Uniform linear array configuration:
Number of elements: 16
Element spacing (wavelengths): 0.5
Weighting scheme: cosine
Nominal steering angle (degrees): -60
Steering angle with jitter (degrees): -59.38
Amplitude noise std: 0.05
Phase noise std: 0.05

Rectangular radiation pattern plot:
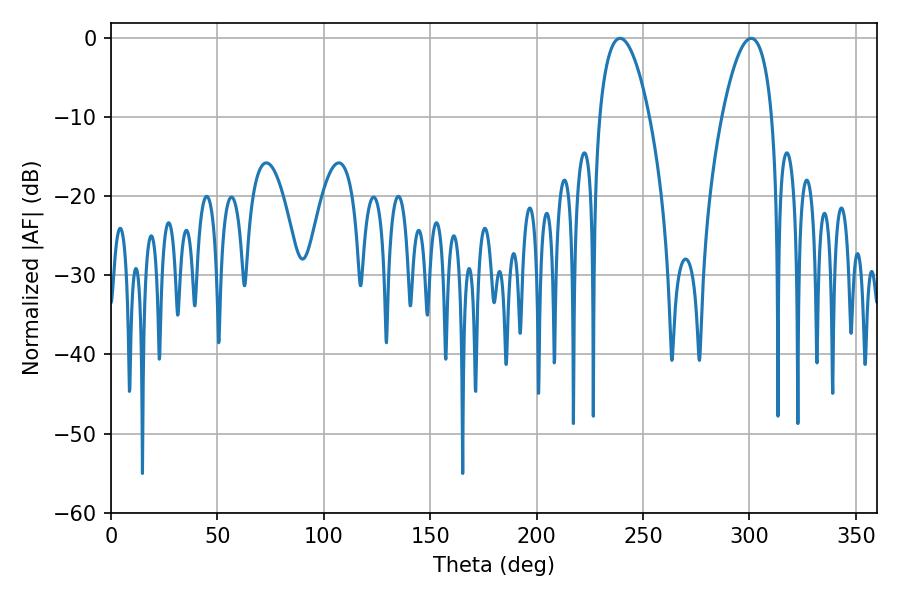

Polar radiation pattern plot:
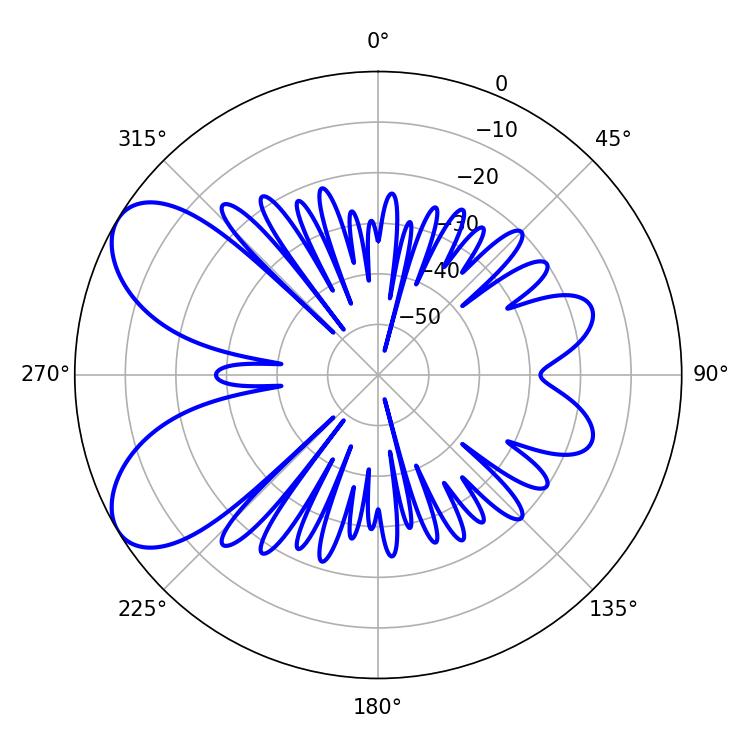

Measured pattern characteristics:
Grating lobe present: FALSE
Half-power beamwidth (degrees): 13.14
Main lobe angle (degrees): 239.22